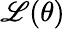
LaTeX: \mathscr{L}(\theta)